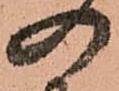
の